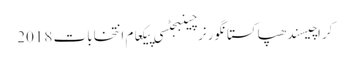
کراچیسندھپاکستانگورنرچینبجٹسی پیکعام انتخابات 2018